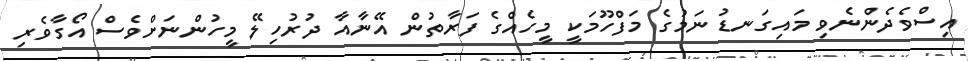
އިސްވެދެންނެވި މައިގަނޑު ނަމުގެ މަފްހޫމަކީ މީހެއްގެ ފަރާތުން އޭނާއާ ދުރުހިލޭ މީހުންނަށްވެސް އޯގާވެރި